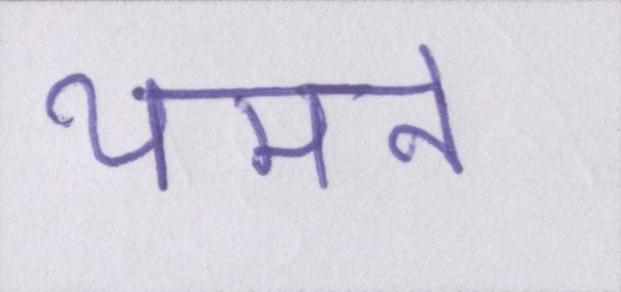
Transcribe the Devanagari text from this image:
थमने